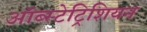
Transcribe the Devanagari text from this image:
ऑब्स्टेट्रिशियन